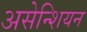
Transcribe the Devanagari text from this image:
असेन्शियन